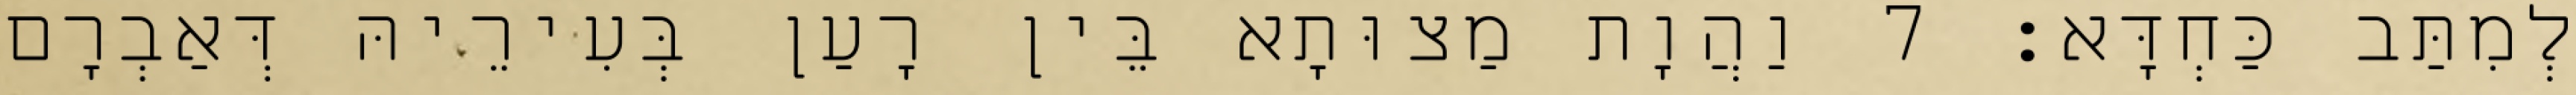
לְמִתַּב כַּחְדָּא׃ 7 וַהֲוָת מַצוּתָא בֵּין רָעַן בְּעִירֵיהּ דְּאַבְרָם